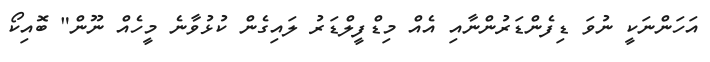
އަހަންނަކީ ނުވަ ޑިފެންޑަރުންނާއި އެއް މިޑްފީލްޑަރު ލައިގެން ކުޅުވާނެ މީހެއް ނޫން" ބޮއިކޯ